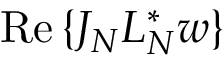
\operatorname { R e } { \{ J _ { N } L _ { N } ^ { * } w \} }